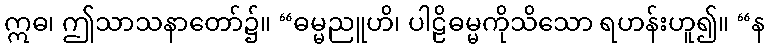
ဣဓ၊ ဤသာသနာတော်၌။ “ဓမ္မညူဟိ၊ ပါဠိဓမ္မကိုသိသော ရဟန်းဟူ၍။ “န